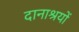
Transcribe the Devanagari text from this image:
दानाश्रयों